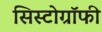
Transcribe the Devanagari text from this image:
सिस्टोग्रॉफी